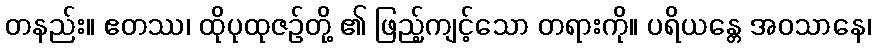
တနည်း။ ဧတဿ၊ ထိုပုထုဇဉ်တို့ ၏ ဖြည့်ကျင့်သော တရားကို။ ပရိယန္တေ အဝသာနေ၊